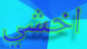
اخشي